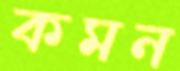
কমন